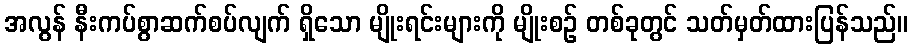
အလွန် နီးကပ်စွာဆက်စပ်လျက် ရှိသော မျိုးရင်းများကို မျိုးစဉ် တစ်ခုတွင် သတ်မှတ်ထားပြန်သည်။